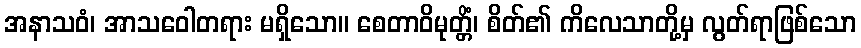
အနာသဝံ၊ အာသဝေါတရား မရှိသော။ စေတာဝိမုတ္တိံ၊ စိတ်၏ ကိလေသာတို့မှ လွတ်ရာဖြစ်သော